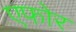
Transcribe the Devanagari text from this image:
एफोर